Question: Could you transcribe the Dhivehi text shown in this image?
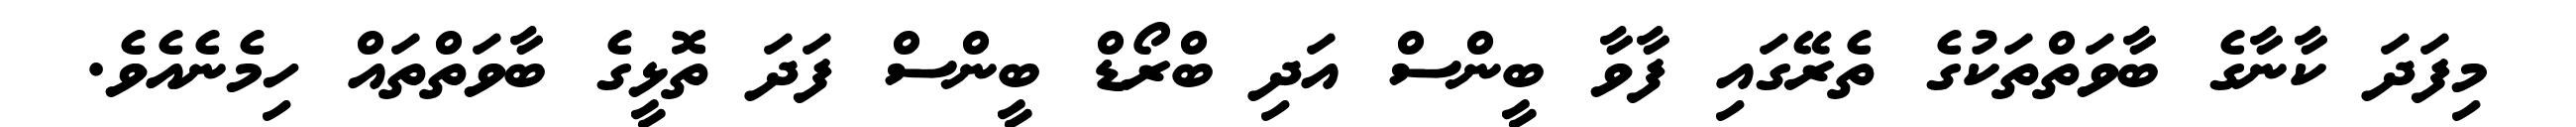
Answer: މިފަދަ ކާނާގެ ބާވަތްތަކުގެ ތެރޭގައި ފާވާ ބީންސް އަދި ބްރޯޑް ބީންސް ފަދަ ތޮޅީގެ ބާވަތްތައް ހިމެނެއެވެ.